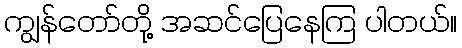
ကျွန်တော်တို့ အဆင်ပြေနေကြ ပါတယ်။